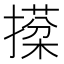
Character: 𢵙